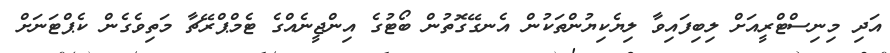
އަދި މިނިސްޓްރީއަށް ލިބިފައިވާ ލިޔެކިޔުންތަކުން އެނގޭގޮތުން ބޯޓުގެ އިންޖީނެއްގެ ޓެމްޕްރޭޗާ މަތިވެގެން ކެޕްޓަނަށް